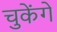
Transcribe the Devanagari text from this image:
चुकेंगे